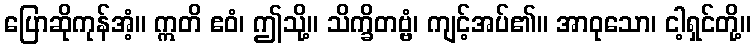
ပြောဆိုကုန်အံ့။ ဣတိ ဧဝံ၊ ဤသို့။ သိက္ခိတဗ္ဗံ၊ ကျင့်အပ်၏။ အာဝုသော၊ ငါ့ရှင်တို့။